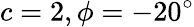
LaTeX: c=2,\phi=-20^{\circ}